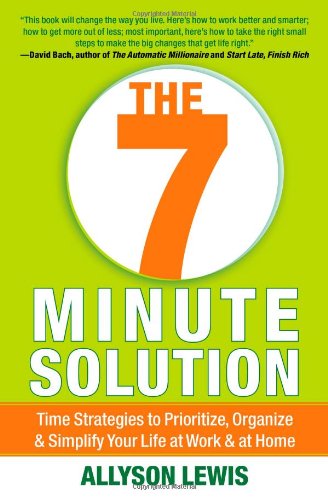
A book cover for The 7 Minute Solution: Time Strategies to Prioritize, Organize & Simplify Your Life at Work & at Home; Allyson Lewis; Business & Money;